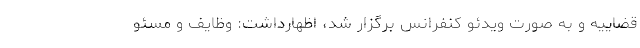
قضاییه و به صورت ویدئو کنفرانس برگزار شد، اظهارداشت: وظایف و مسئو